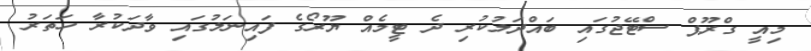
މިއީ ގްރޫޕް ސްޓޭޖުގައި ބައްދަލުކުރި ދެ ޓީމެއް ޔޫރޯގެ ފައިނަލުގައި ވާދަކުރާ ހަތަރު